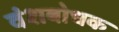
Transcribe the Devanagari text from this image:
वंशबोधक